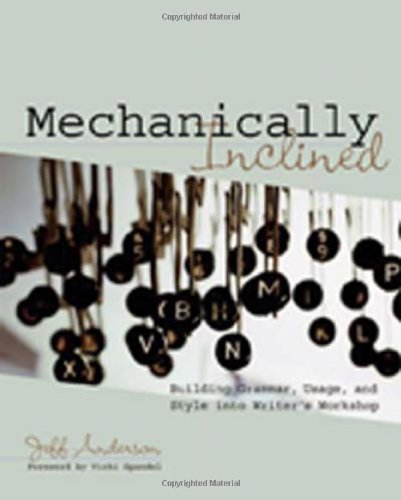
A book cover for Mechanically Inclined: Building Grammar, Usage, and Style into Writer's Workshop; Jeff Anderson; Education & Teaching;